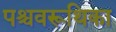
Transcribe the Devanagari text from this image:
पश्चवरूथिका